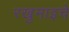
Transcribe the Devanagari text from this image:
रखुमाइचे